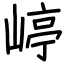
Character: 嵉